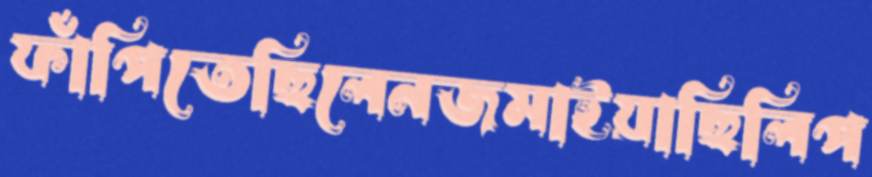
ফাঁপিতেছিলেনজমাইয়াছিলিপ